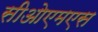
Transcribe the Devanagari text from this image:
सीओएमएस